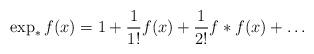
LaTeX: \begin{align*} \exp_* f(x)=1+\frac{1}{1!}f(x)+\frac{1}{2!}f*f(x)+\dots\end{align*}